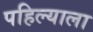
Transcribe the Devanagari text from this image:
पहिल्याला